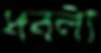
ধবলী